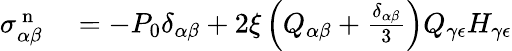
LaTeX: \begin{array}{rl}{\sigma_{\alpha\beta}^{\mathrm{~n~}}}&{{}=-P_{0}\delta_{\alpha\beta}+2\xi\left(Q_{\alpha\beta}+\frac{\delta_{\alpha\beta}}{3}\right)Q_{\gamma\epsilon}H_{\gamma\epsilon}}\end{array}